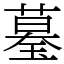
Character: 𦻒